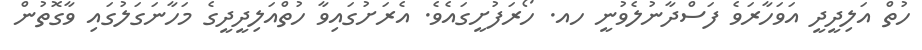
ހުތް އަލިދީދީ އަވަހާރަވެ ފަސްދާނުލެވުނީ ހއ. ހޯރަފުށީގައެވެ. އެރަށުގައިވާ ހުތްއަލިދީދީގެ މަހާނަގަލުގައި ވާގޮތުން